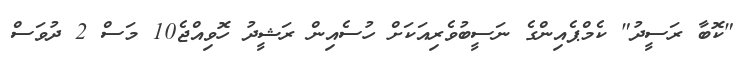
"ކޮބާ ރަސީދު" ކެމްޕެއިންގެ ނަސީބުވެރިއަކަށް ހުސެއިން ރަޝީދު ހޮވިއްޖެ10 މަސް 2 ދުވަސް